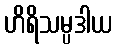
ဟိရိသမ္ပဒါယ